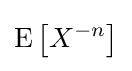
\operatorname {E} \left[X^{-n}\right]